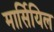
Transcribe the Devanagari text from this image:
मार्सियिल